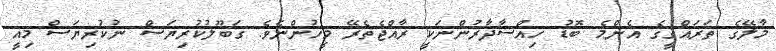
މާލޭގެ ތަރައްޤީގެ އެންމެ ބޮޑު ހިއްސާދާރުންނަކީ ރާއްޖެތެރޭ މީހުންނެވެ. ގަބޫލުކުރިޔަސް ނުކުރިޔަސް މިއީ